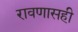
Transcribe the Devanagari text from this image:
रावणासही